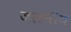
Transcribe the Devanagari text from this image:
जलनीय